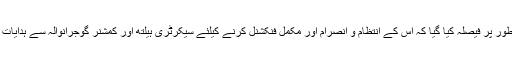
اجلاس میں متفقہ طور پر فیصلہ کیا گیا کہ اس کے انتظام و انصرام اور مکمل فنکشنل کرنے کیلئے سیکرٹری ہیلتھ اور کمشنر گوجرانوالہ سے ہدایات بھی لی جائیں گی۔